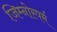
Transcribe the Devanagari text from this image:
जिम्‍नोस्‍पर्म